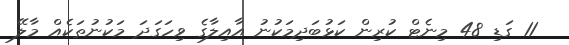
11 ގަޑި 48 މިނެޓް ކުރިން ކަޅުބަދިމަކުނު އާއިލާގެ ވިހަގަދަ މަކުނުތަކެއް މާލޭ